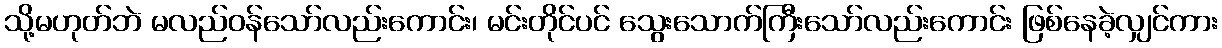
သို့မဟုတ်ဘဲ မလည်ဝန်သော်လည်းကောင်း၊ မင်းတိုင်ပင် သွေးသောက်ကြီးသော်လည်းကောင်း ဖြစ်နေခဲ့လျှင်ကား